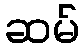
ဆမ်